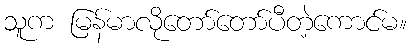
သူက မြန်မာလိုတော်တော်ပီတဲ့ကောင်မ။